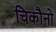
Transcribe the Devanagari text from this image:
चिकौनो